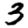
Digit: 3